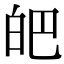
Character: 皅